Annual report of the Civil Veterinary Department, Bengal, for the year 1896-97 - 1896-1897
Year: 1896
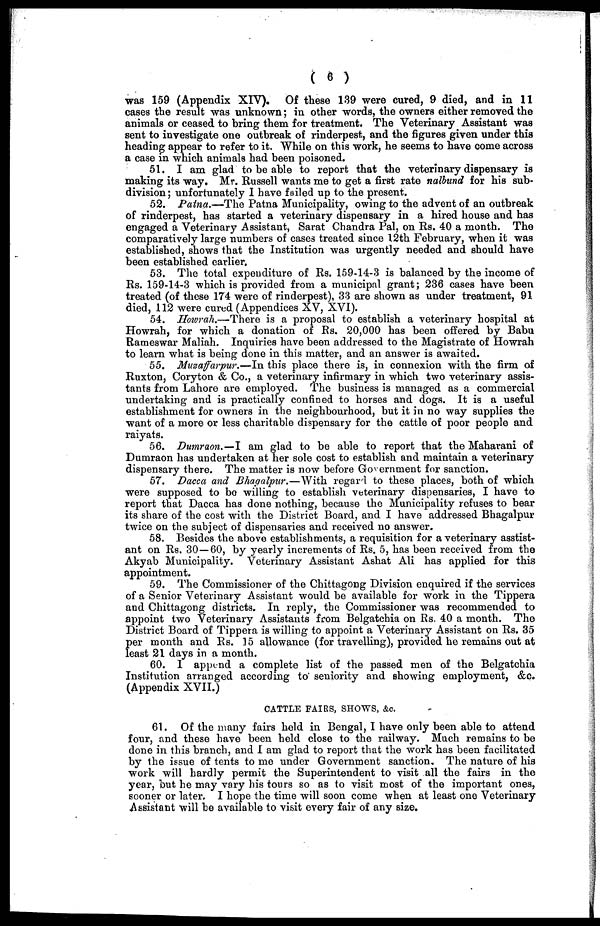
(6)
was 159 (Appendix XIV). Of these 139 were cured, 9 died, and in 11
cases the result was unknown; in other words, the owners either removed the
animals or ceased to bring them for treatment. The Veterinary Assistant was
sent to investigate one outbreak of rinderpest, and the figures given under this
heading appear to refer to it. While on this work, he seems to have come across
a case in which animals had been poisoned.
51. I am glad to be able to report that the veterinary dispensary is
making its way. Mr. Russell wants me to get a first rate nalbund for his sub-
division; unfortunately I have failed up to the present.
52. Patna.—The Patna Municipality, owing to the advent of an outbreak
of rinderpest, has started a veterinary dispensary in a hired house and has
engaged a Veterinary Assistant, Sarat Chandra Pal, on Rs. 40 a month. The
comparatively large numbers of cases treated since 12th February, when it was
established, shows that the Institution was urgently needed and should have
been established earlier.
53. The total expenditure of Rs. 159-14-3 is balanced by the income of
Rs. 159-14-3 which is provided from a municipal grant; 236 cases have been
treated (of these 174 were of rinderpest), 33 are shown as under treatment, 91
died, 112 were cured (Appendices XV, XVI).
54. Howrah.—There is a proposal to establish a veterinary hospital at
Howrah, for which a donation of Rs. 20,000 has been offered by Babu
Rameswar Maliah. Inquiries have been addressed to the Magistrate of Howrah
to learn what is being done in this matter, and an answer is awaited.
55. Muzaffarpur.—In this place there is, in connexion with the firm of
Ruxton, Coryton & Co., a veterinary infirmary in which two veterinary assis-
tants from Lahore are employed. The business is managed as a commercial
undertaking and is practically confined to horses and dogs. It is a useful
establishment for owners in the neighbourhood, but it in no way supplies the
want of a more or less charitable dispensary for the cattle of poor people and
raiyats.
56. Dumraon.—I am glad to be able to report that the Maharani of
Dumraon has undertaken at her sole cost to establish and maintain a veterinary
dispensary there. The matter is now before Government for sanction.
57. Dacca and Bhagalpur.—With regard to these places, both of which
were supposed to be willing to establish veterinary dispensaries, I have to
report that Dacca has done nothing, because the Municipality refuses to bear
its share of the cost with the District Board, and I have addressed Bhagalpur
twice on the subject of dispensaries and received no answer.
58. Besides the above establishments, a requisition for a veterinary assist-
ant on Rs. 30 — 60, by yearly increments of Rs. 5, has been received from the
Akyab Municipality. Veterinary Assistant Ashat Ali has applied for this
appointment.
59. The Commissioner of the Chittagong Division enquired if the services
of a Senior Veterinary Assistant would be available for work in the Tippera
and Chittagong districts. In reply, the Commissioner was recommended to
appoint two Veterinary Assistants from Belgatchia on Rs. 40 a month. The
District Board of Tippera is willing to appoint a Veterinary Assistant on Rs. 35
per month and Rs. 15 allowance (for travelling), provided he remains out at
least 21 days in a month.
60. I append a complete list of the passed men of the Belgatchia
Institution arranged according to seniority and showing employment, &c.
(Appendix XVII.)
CATTLE FAIRS, SHOWS, &c.
61. Of the many fairs held in Bengal, I have only been able to attend
four, and these have been held close to the railway. Much remains to be
done in this branch, and I am glad to report that the work has been facilitated
by the issue of tents to me under Government sanction. The nature of his
work will hardly permit the Superintendent to visit all the fairs in the
year, but he may vary his tours so as to visit most of the important ones,
sooner or later. I hope the time will soon come when at least one Veterinary
Assistant will be available to visit every fair of any size.